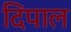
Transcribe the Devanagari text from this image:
दिपाल